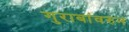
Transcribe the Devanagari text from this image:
गुराबांवरुन